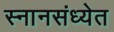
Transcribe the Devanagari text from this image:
स्नानसंध्येत